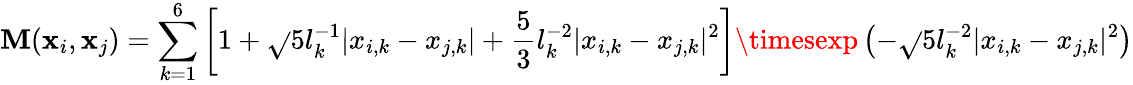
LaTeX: \mathbf{M}({\mathbf{x}}_{i},{\mathbf{x}}_{j})=\sum_{{k}=1}^{6}\left[1+\sqrt{}{{5}}l_{k}^{-1}|x_{i,k}-x_{j,k}|+\frac{{5}}{{3}}l_{k}^{-2}|x_{i,k}-x_{j,k}|^{2}\right]\timesexp\left(-\sqrt{}{{5}}l_{k}^{-2}|x_{i,k}-x_{j,k}|^{2}\right)